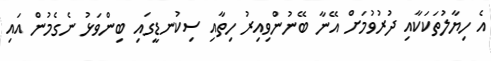
އެ ހިޔާލުތަކަކާއި ދުރުވުމަށް އޭނާ ބޭނުންވިއިރު ހިތާއި ސިކުނޑީގައި ބިންވަޅު ނެގެމުން އައި